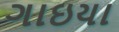
ગાઇયા